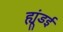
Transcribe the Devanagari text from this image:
ह्यूंडई